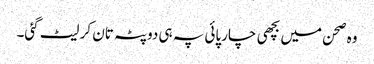
وہ صحن میں بچھی چارپائی پہ ہی دوپٹہ تان کر لیٹ گئی۔